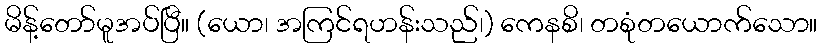
မိန့်တော်မူအပ်ပြီ။ (ယော၊ အကြင်ရဟန်းသည်၊) ကေနစိ၊ တစုံတယောက်သော။